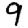
Digit: 9